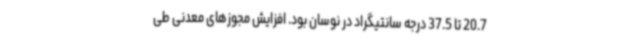
20.7 تا 37.5 درجه سانتیگراد در نوسان بود. افزایش مجوزهای معدنی طی